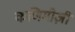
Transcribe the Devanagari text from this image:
कणिमोज़ी